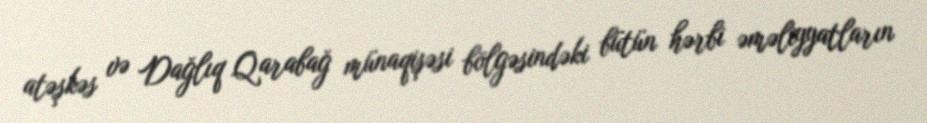
atəşkəs və Dağlıq Qarabağ münaqişəsi bölgəsindəki bütün hərbi əməliyyatların